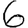
Digit: 6